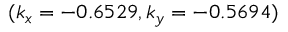
( k _ { x } = - 0 . 6 5 2 9 , k _ { y } = - 0 . 5 6 9 4 )